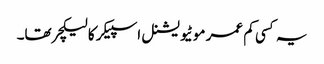
یہ کسی کم عمر موٹیویشنل اسپیکر کا لیکچر تھا۔